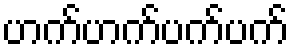
ဟက်ဟက်ပက်ပက်